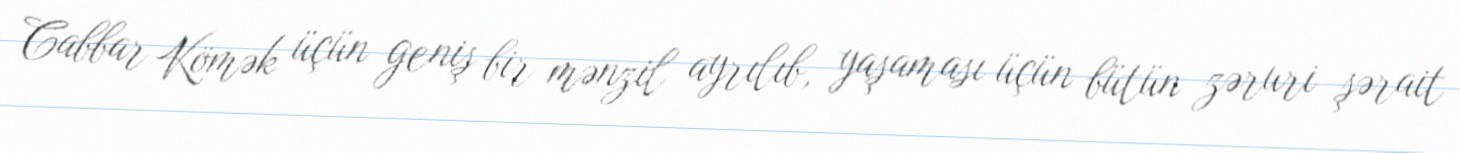
Cabbar Kömək üçün geniş bir mənzil ayrılıb, yaşaması üçün bütün zəruri şərait